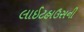
લાઈટહાઉસની